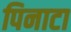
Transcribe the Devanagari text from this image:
पिनाटा